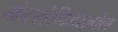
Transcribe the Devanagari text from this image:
मेटरोनिडाज़ोल